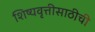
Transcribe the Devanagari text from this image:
शिष्यवृत्तीसाठीची